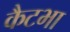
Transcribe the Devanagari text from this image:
कैटभा